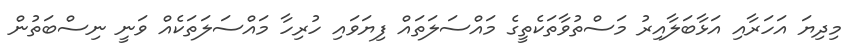
މިދިޔަ އަހަރާއި އަޅާބަލާއިރު މަސްތުވާތަކެތީގެ މައްސަލަތައް ފިޔަވައި ހުރިހާ މައްސަލަތަކެއް ވަނީ ނިސްބަތުން